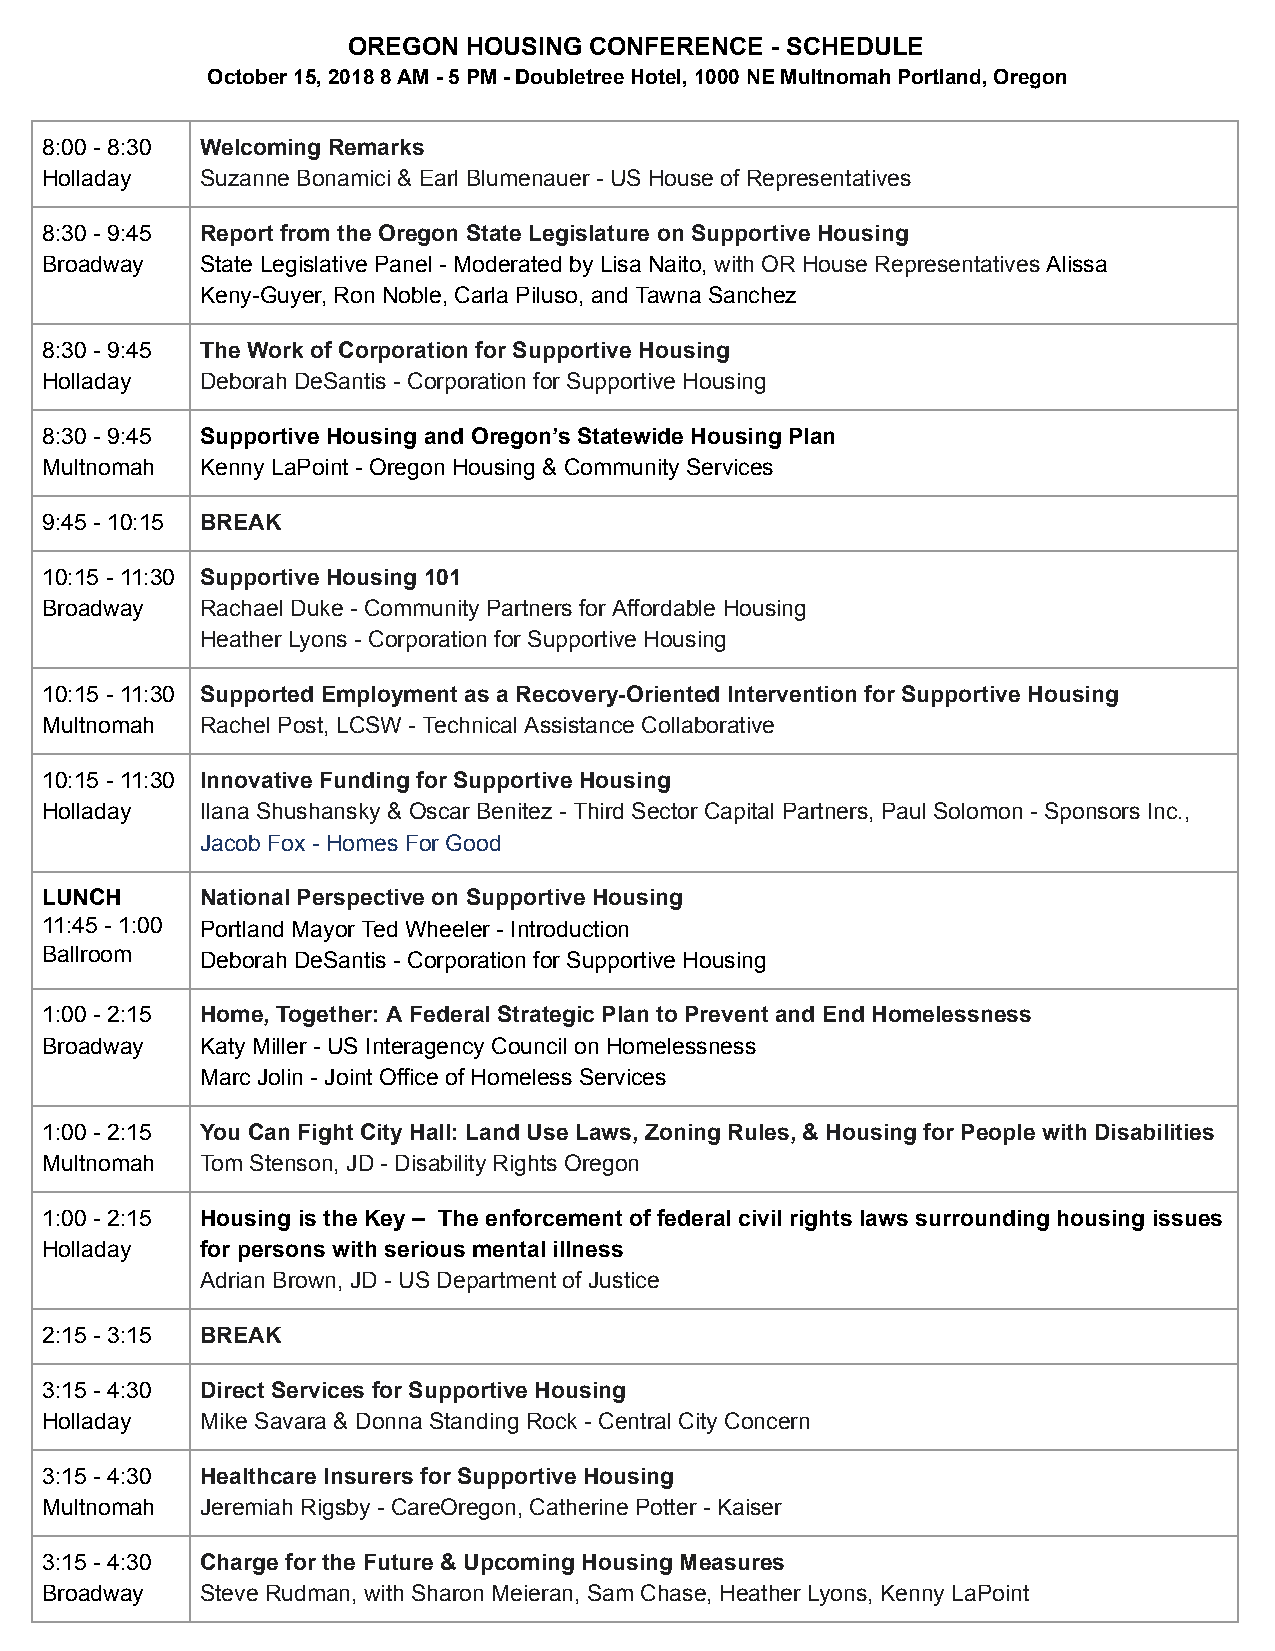
OREGON  HOUSING CONFERENCE  ­ SCHEDULE
 October 15, 2018 8 AM ­ 5 PM ­ Doubletree Hotel, 1000 NE Multnomah Portland, Oregon
 8:00 ­ 8:30 Welcoming Remarks
 Holladay  Suzanne Bonamici & Earl Blumenauer ­ US House of Representatives
 8:30 ­ 9:45 Report from the Oregon State Legislature on Supportive Housing
 Broadway  State Legislative Panel ­ Moderated by Lisa Naito, w ith OR House Representatives A lissa
 Keny­Guyer, Ron Noble, Carla Piluso, and Tawna Sanchez
 8:30 ­ 9:45 The Work of Corporation for Supportive Housing
 Holladay  Deborah DeSantis ­ Corporation for Supportive Housing
 8:30 ­ 9:45 Supportive Housing and Oregon’s Statewide Housing Plan
 Multnomah Kenny LaPoint ­ Oregon Housing & Community Services
 9:45 ­ 10:15 BREAK
 10:15 ­ 11:30 Supportive Housing 101
 Broadway  Rachael Duke ­ Community Partners for Affordable Housing
 Heather Lyons ­ Corporation for Supportive Housing
 10:15 ­ 11:30 Supported Employment as a Recovery­Oriented Intervention for Supportive Housing
 Multnomah Rachel Post, LCSW ­ Technical Assistance Collaborative
 10:15 ­ 11:30 Innovative Funding for Supportive Housing
 Holladay  Ilana Shushansky & Oscar Benitez ­ Third Sector Capital Partners, Paul Solomon ­ Sponsors Inc.,
 Jacob Fox ­ Homes For Good
 LUNCH     National Perspective on Supportive Housing
 11:45 ­ 1:00 Portland Mayor Ted Wheeler ­ Introduction
 Ballroom  Deborah DeSantis ­ Corporation for Supportive Housing
 1:00 ­ 2:15 Home, Together: A Federal Strategic Plan to Prevent and End Homelessness
 Broadway  Katy Miller ­ US Interagency Council on Homelessness
 Marc Jolin ­ Joint Office of Homeless Services
 1:00 ­ 2:15 You C an Fight City Hall: Land Use Laws, Zoning Rules, & Housing for People with Disabilities
 Multnomah Tom Stenson, JD ­ Disability Rights Oregon
 1:00 ­ 2:15 Housing is the Key – The enforcement of federal civil rights laws surrounding housing issues
 Holladay  for persons with serious mental illness
 Adrian Brown, JD ­ US Department of Justice
 2:15 ­ 3:15 BREAK
 3:15 ­ 4:30 Direct Services for Supportive Housing
 Holladay  Mike Savara & Donna Standing Rock ­ Central City Concern
 3:15 ­ 4:30 Healthcare Insurers for Supportive Housing
 Multnomah Jeremiah Rigsby ­ CareOregon, Catherine Potter ­ Kaiser
 3:15 ­ 4:30 Charge for the Future & Upcoming Housing Measures
 Broadway  Steve Rudman, with Sharon Meieran, Sam Chase, Heather Lyons, Kenny LaPoint